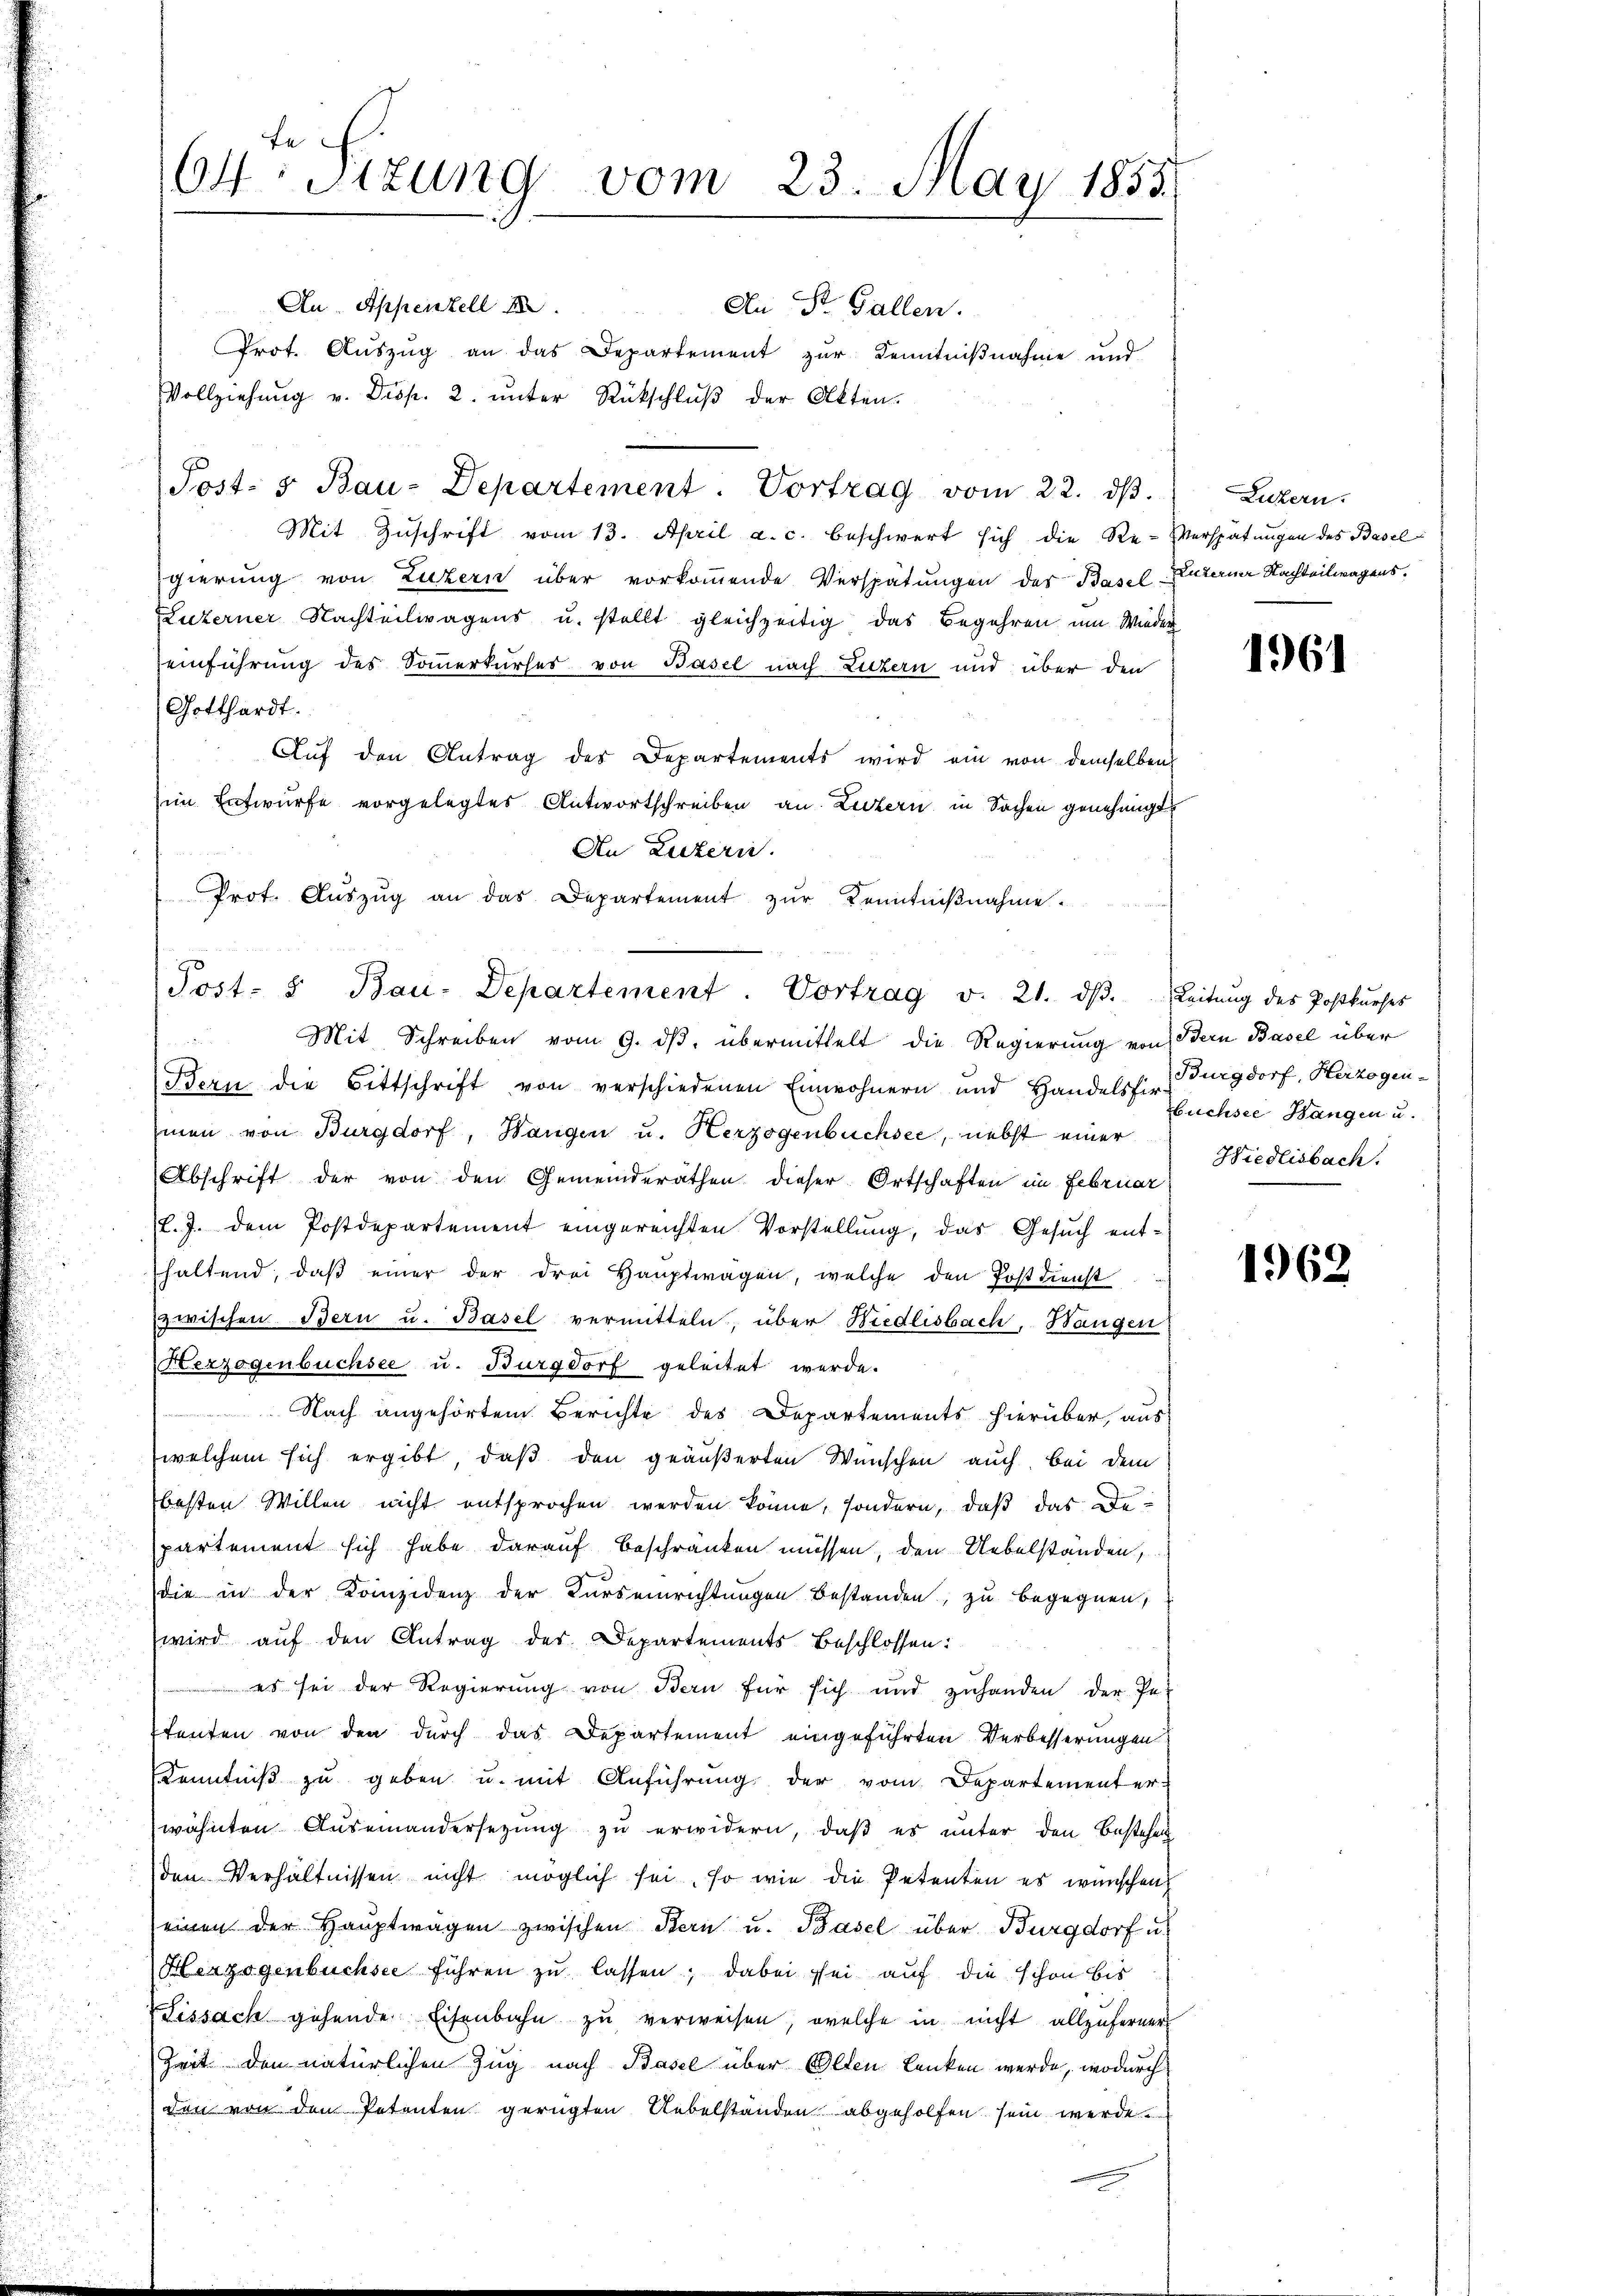
e
64: Sitzung vom 23. May 1858.

An Appenzell
An Dr. Gallen.
Prot. Auszug an das Departement zur Kenntnißnahme und
Vollziehung v. Disp. 2. unter Rückschluß der Akten.
Post- & Bau-Departement. Vortrag vom 22. dβ.
Mit Zŭschrift vom 13. April a. c. beschwert sich die Re-Verspatŭngen des Basel
gierung von Luzern über vorkoṁende Verspätungen des Basel-Laterner Nachteilwagens.
Luzerner Nachteilwagens u. stellt gleichzeitig das Begehren um Wieder
einführung des Sommerkurses von Basel nach Luzern und über den
Gotthardt.
Aŭf den Antrag des Departements wird ein von demselbens
im Entwurfe vorgelegtes Antwortschreiben an Leitern in Sachen genehmigt.
An Luzern.
Prot. Aŭszŭg an das Departement zŭr Kenntniβnahme.
Bern die Bittschrift von verschiedenen Einwohnern und Handelsfir Burgdorf, Herzogen
man von Burgdorf, Hangen u. Herzogenbüchsee, nebst einer
Abschrift der von den Gemeinderathen dieser Ortschaften im Februar
(l.J. dem Postdepartement eingereichten Vorstellung, das Gesuch enthaltend, daß einer der drei Hauptwagen, welche den Postdienst
zwischen Bern u. Basel vermitteln, über Wiedlisbach, Bangen
Herzogenbuchsee u. Burgdorf geleitet werde.
Nach angehörtem Berichte des Departements hierüber, aus
welchem sich ergibt, daß den geäußerten Wünschen auch, bei dem
besten Willen nicht entsprochen werden könne, sondern, daß das de
partement sich habe darauf beschränken müssen, den Uebelständen,
die in der Kompidenz der Kurseinrichtungen Bestanden, zu begegnen,
wird auf den Antrag des Departements Beschlossen:
es sei der Regierŭng von Bern für sich und zŭhanden der Pe-
tenten von den durch das Departement eingeführten Verbesserungen
Kenntniß zu geben u. mit Anführung der vom Departementer-
wähnten Auseinandersezung zu erwidern, daß es unter den Bestehen
den Verhältnissen nicht möglich sei, so wie die Petenten es wünschen
einen der Hauptwagen zwischen Bern u. Basel über Burgdorf u.
Herzogenbüchsee führen zu lassen; dabei sei auf die schon bis
Fissach gehende Eisenbahn zu verweisen, welche in nicht allzuferner
Zeit den natürlichen Zug nach Basel über Olten lenken werde, wodurch
den von den Petenten gerügten Uebelständen abgeholfen sein werde.

Post- " Bau-Departement. Vortrag v. 21. dβ. Leitŭng des Postkŭrses
Mit Schreiben vom 9. dβ übermittelt die Regierung von Bern Basel über

Luzern.

1961

buchste Bangen u.
Hiedlisbach.

1962